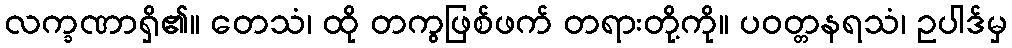
လက္ခဏာရှိ၏။ တေသံ၊ ထို တကွဖြစ်ဖက် တရားတို့ကို။ ပဝတ္တနရသံ၊ ဥပါဒ်မှ